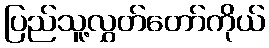
ပြည်သူ့လွှတ်တော်ကိုယ်